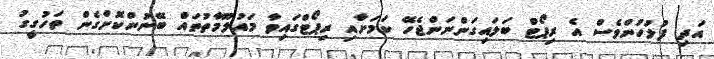
އަދި ފުލުހުންވެސް އެ ރިޕޯޓް ބަލައިގަންނަންޖެހޭ ކަމަށާއި ރިޕޯޓްގައިވާ މައުލޫމާތުތައް ބޭނުންކޮށްގެން ތަހުގީގު